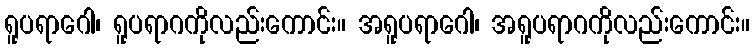
ရူပရာဂေါ၊ ရူပရာဂကိုလည်းကောင်း။ အရူပရာဂေါ၊ အရူပရာဂကိုလည်းကောင်း။